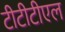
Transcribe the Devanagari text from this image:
टीटीटीएल